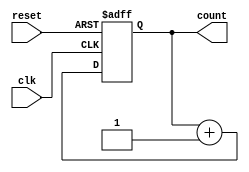
module async_counter #(
    parameter WIDTH = 4  // Define the bit width of the counter (e.g., 4 for a 4-bit counter)
)(
    input wire clk,       // Clock input
    input wire reset,     // Asynchronous reset input
    output reg [WIDTH-1:0] count // Output for the current count value
);

// Asynchronous reset and counting logic
always @(posedge clk or posedge reset) begin
    if (reset) begin
        count <= 0; // Reset the counter to zero
    end else begin
        count <= count + 1; // Increment the counter on clock edge
    end
end

endmodule